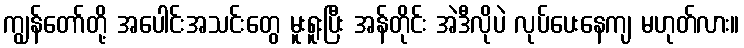
ကျွန်တော်တို့ အပေါင်းအသင်းတွေ မူးရူးပြီး အန်တိုင်း အဲဒီလိုပဲ လုပ်ပေးနေကျ မဟုတ်လား။